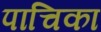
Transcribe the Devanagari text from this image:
पाचिका